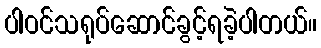
ပါဝင်သရုပ်ဆောင်ခွင့်ရခဲ့ပါတယ်။